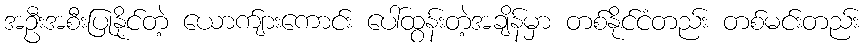
အဦးအစီးပြုနိုင်တဲ့ ယောက်ျားကောင်း ပေါ်ထွန်းတဲ့အချိန်မှာ တစ်နိုင်ငံတည်း တစ်မင်းတည်း